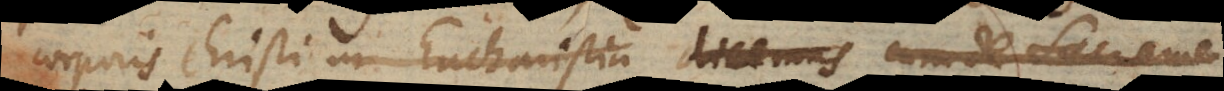
corporis Christi in Eucharistia dicemus cum de sacrame